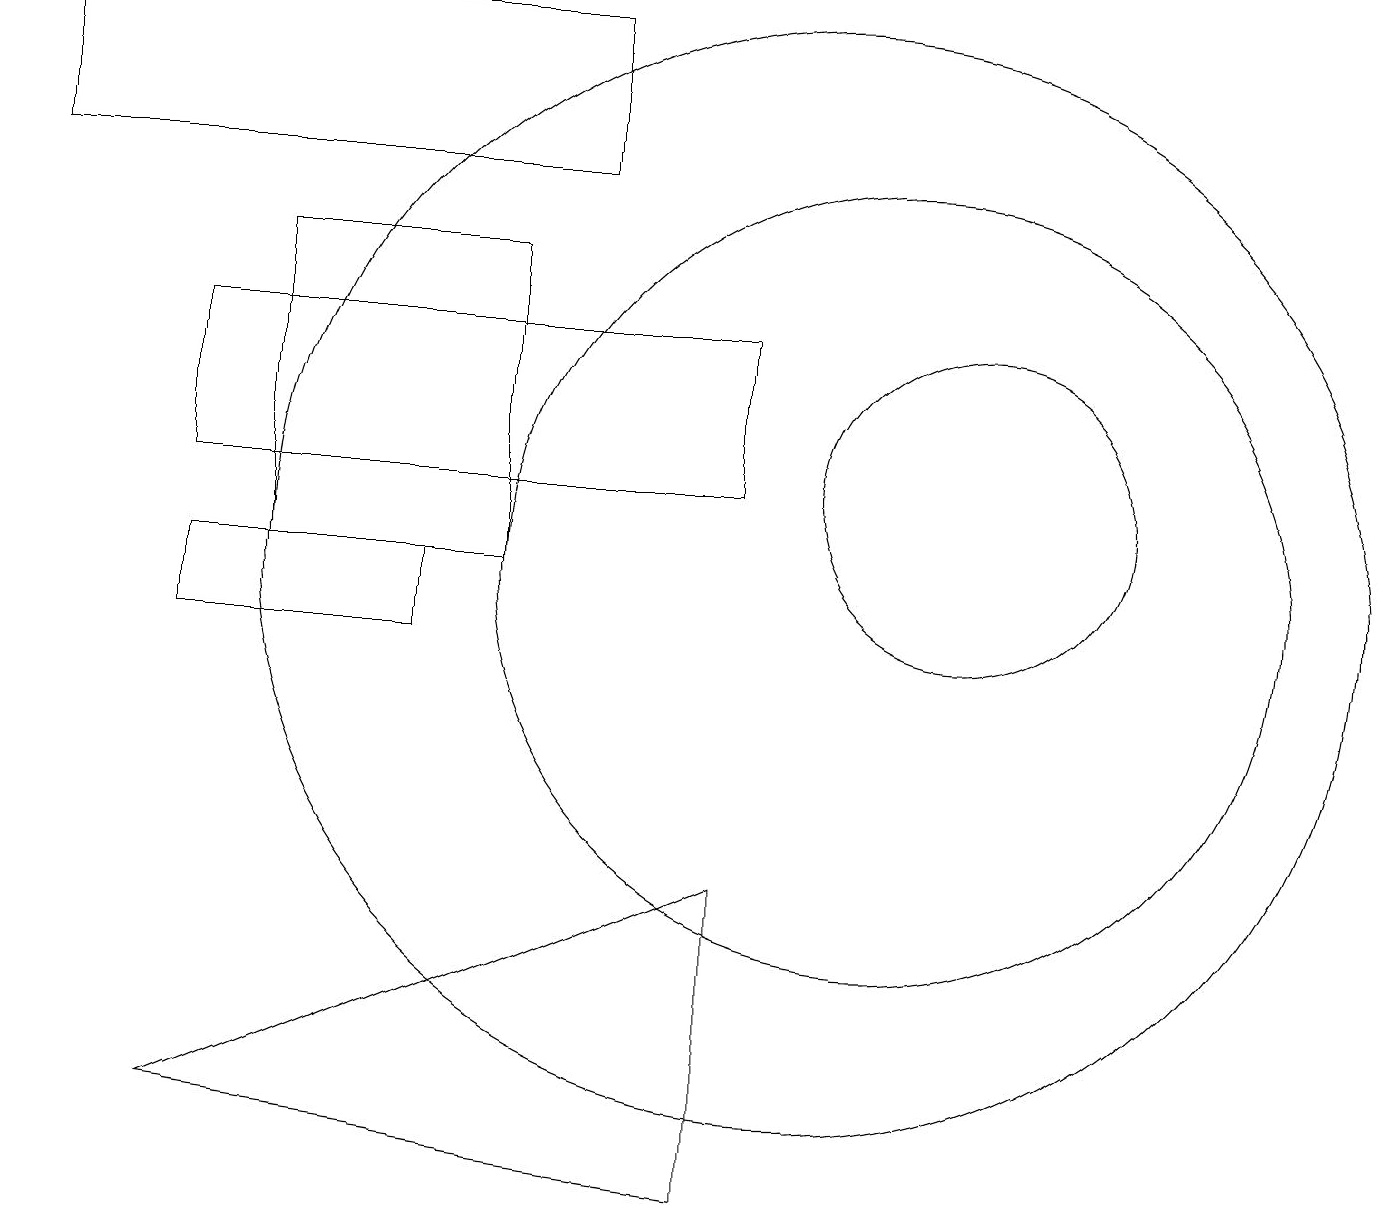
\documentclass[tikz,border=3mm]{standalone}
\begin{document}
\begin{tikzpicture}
\draw (10,11) circle (7);
\draw (12,12) circle (2);
\draw (3,15) rectangle (6,11);
\draw (5,10) rectangle (2,11);
\draw (2,4) -- (9,3) -- (9,7) -- cycle;
\draw (7,18) rectangle (0,16);
\draw (11,11) circle (5);
\draw (2,12) rectangle (9,14);
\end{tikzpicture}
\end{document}